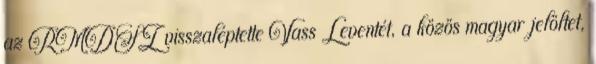
az RMDSZ visszaléptette Vass Leventét, a közös magyar jelöltet,